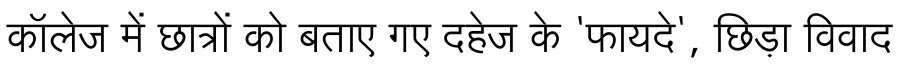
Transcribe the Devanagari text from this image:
कॉलेज में छात्रों को बताए गए दहेज के 'फायदे', छिड़ा विवाद